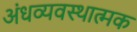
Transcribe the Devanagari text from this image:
अंधव्यवस्थात्मक